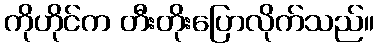
ကိုဟိုင်က တီးတိုးပြောလိုက်သည်။